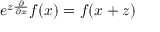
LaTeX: e ^ { z \frac { \partial } { \partial x } } f ( x ) = f ( x + z )